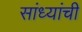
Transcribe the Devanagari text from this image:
सांध्यांची